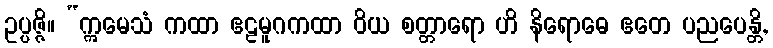
ဥပ္ပဇ္ဇိ။ “ဣမေသံ ကထာ ဧဠမူဂကထာ ဝိယ စတ္တာရော ဟိ နိရောဓေ ဧတေ ပညပေန္တိ,